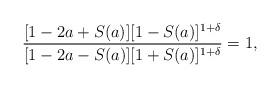
LaTeX: \begin{align*} \frac{[1-2a+S(a)][1-S(a)]^{1+\delta}}{[1-2a-S(a)][1+S(a)]^{1+\delta}} =1, \end{align*}